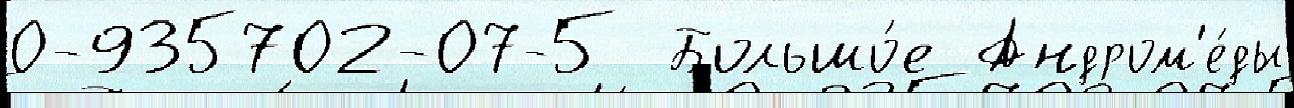
0-935702-07-5  Большо́е Андром'е́ды